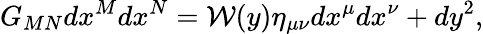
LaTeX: G_{MN}dx^{M}dx^{N}={\cal W}(y)\eta_{\mu\nu}dx^{\mu}dx^{\nu}+dy^{2},